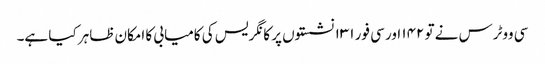
سی ووٹرس نے تو ۱۴۲ اور سی فور ۱۳۱ نشستوں پر کانگریس کی کامیابی کا امکان ظاہر کیا ہے۔